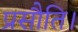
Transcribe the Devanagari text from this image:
प्रसौति।